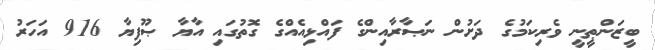
ބީޒަންޠީނީ ވެރިކަމުގެ ދަށުން ނަޞާރާއިންގެ ފައްޅިއެއްގެ ގޮތުގައި އާޔާ ޞޫފިޔާ 916 އަހަރު